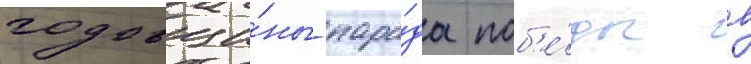
годовщи́ны пара́да поб'е́ды в